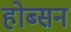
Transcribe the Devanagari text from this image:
होब्सन